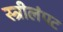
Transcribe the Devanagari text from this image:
स्त्रीलंपट